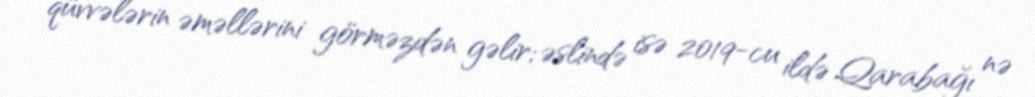
qüvvələrin əməllərini görməzdən gəlir; əslində isə 2019-cu ildə Qarabağı nə